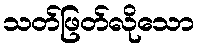
သတ်ဖြတ်လိုသော